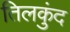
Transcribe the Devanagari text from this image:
तिलकुंद